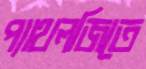
প্যাথলজিতে